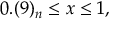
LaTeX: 0 . ( 9 ) _ { n } \leq x \leq 1 ,